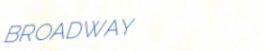
BROADWAY